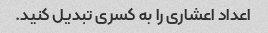
اعداد اعشاری را به کسری تبدیل کنید.